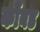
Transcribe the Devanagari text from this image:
कोंबड